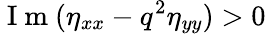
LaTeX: \mathrm{~I~m~}(\eta_{xx}-q^{2}\eta_{yy})>0